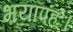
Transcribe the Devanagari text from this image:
भयापहः।